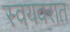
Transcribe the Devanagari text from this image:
स्वयवरात